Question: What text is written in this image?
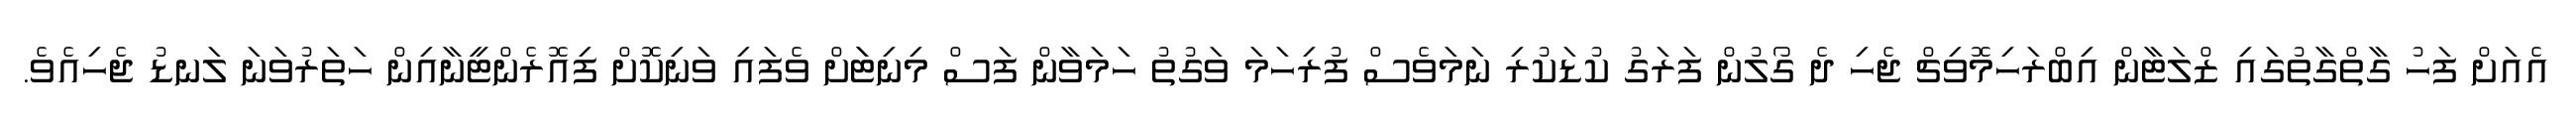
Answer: އެއަށް ފަހު ގާތްގާތުގައި ޒްލަޓާން އިބްރަހިމޮވިޗް ޖެހި ދެ ގޯލުން ފަރަގު ކުޑަކުރި ނަމަވެސް ފުރިހަމަ ވަގުތު ހަމަވާން ފަސް މިނިޓަަށް ވެފައި ވަނިކޮށް ފިއޮރެންޓީނާއިން ހަތަރުވަނަ ލަނޑު ޖެހިއެވެ.